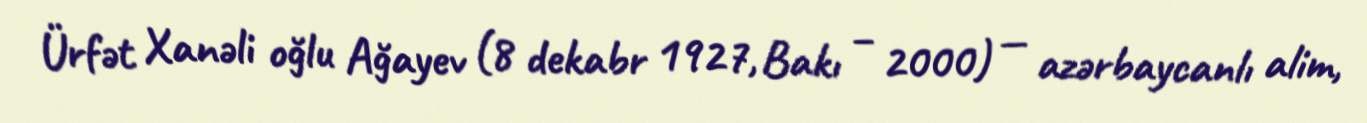
Ürfət Xanəli oğlu Ağayev (8 dekabr 1927, Bakı – 2000) — azərbaycanlı alim,